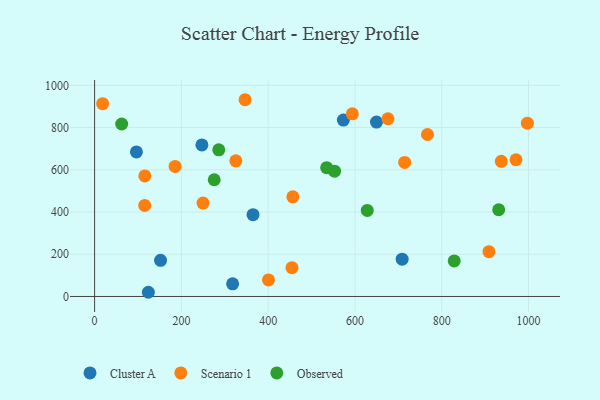
{"axis": {"x": "Distance", "y": "Salary"}, "legend": ["Cluster A", "Observed", "Scenario 1"], "data": [{"x": "365.1", "y": 387.3, "type": "Cluster A"}, {"x": "708.8", "y": 176.9, "type": "Cluster A"}, {"x": "247.3", "y": 717.9, "type": "Cluster A"}, {"x": "96.4", "y": 684.6, "type": "Cluster A"}, {"x": "573.3", "y": 835.6, "type": "Cluster A"}, {"x": "123.9", "y": 19.9, "type": "Cluster A"}, {"x": "152.0", "y": 171.1, "type": "Cluster A"}, {"x": "318.1", "y": 59.9, "type": "Cluster A"}, {"x": "649.7", "y": 826.2, "type": "Cluster A"}, {"x": "997.4", "y": 820.8, "type": "Scenario 1"}, {"x": "937.3", "y": 640.0, "type": "Scenario 1"}, {"x": "676.1", "y": 841.9, "type": "Scenario 1"}, {"x": "325.5", "y": 642.7, "type": "Scenario 1"}, {"x": "115.8", "y": 571.1, "type": "Scenario 1"}, {"x": "594.0", "y": 865.0, "type": "Scenario 1"}, {"x": "454.9", "y": 136.4, "type": "Scenario 1"}, {"x": "249.9", "y": 442.5, "type": "Scenario 1"}, {"x": "908.8", "y": 212.4, "type": "Scenario 1"}, {"x": "971.2", "y": 647.6, "type": "Scenario 1"}, {"x": "185.5", "y": 615.9, "type": "Scenario 1"}, {"x": "115.5", "y": 431.5, "type": "Scenario 1"}, {"x": "400.8", "y": 78.2, "type": "Scenario 1"}, {"x": "767.2", "y": 767.3, "type": "Scenario 1"}, {"x": "18.5", "y": 913.3, "type": "Scenario 1"}, {"x": "456.9", "y": 472.0, "type": "Scenario 1"}, {"x": "346.8", "y": 932.0, "type": "Scenario 1"}, {"x": "714.6", "y": 635.0, "type": "Scenario 1"}, {"x": "275.7", "y": 552.9, "type": "Observed"}, {"x": "534.9", "y": 610.3, "type": "Observed"}, {"x": "553.0", "y": 593.7, "type": "Observed"}, {"x": "828.8", "y": 168.2, "type": "Observed"}, {"x": "931.3", "y": 410.7, "type": "Observed"}, {"x": "628.4", "y": 407.4, "type": "Observed"}, {"x": "62.4", "y": 817.0, "type": "Observed"}, {"x": "286.2", "y": 694.9, "type": "Observed"}]}